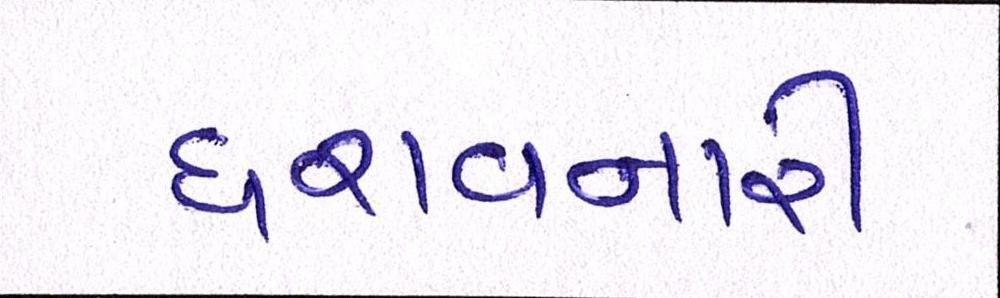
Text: ધરાવનારી